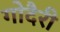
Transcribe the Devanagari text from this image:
गोदैरी